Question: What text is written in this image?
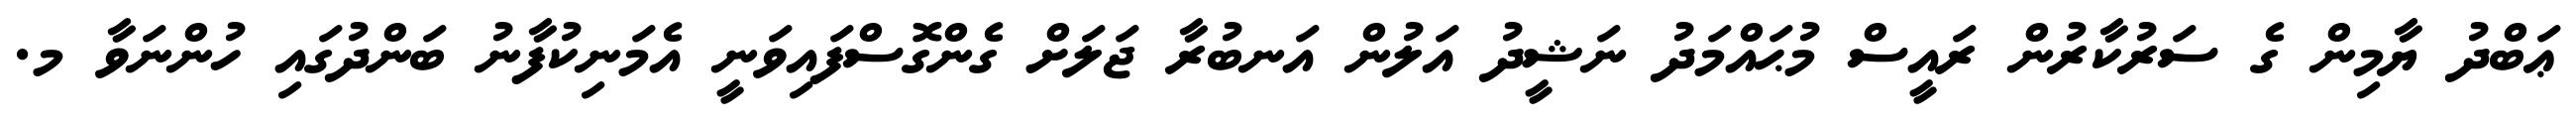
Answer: ޢަބްދު ޔާމިން ގެ ސަރުކާރުން ރައީސް މުޙައްމަދު ނަޝީދު އަލުން އަނބުރާ ޖަލަށް ގެންގޮސްފައިވަނީ އެމަނިކުފާނު ބަންދުގައި ހުންނަވާ މ.